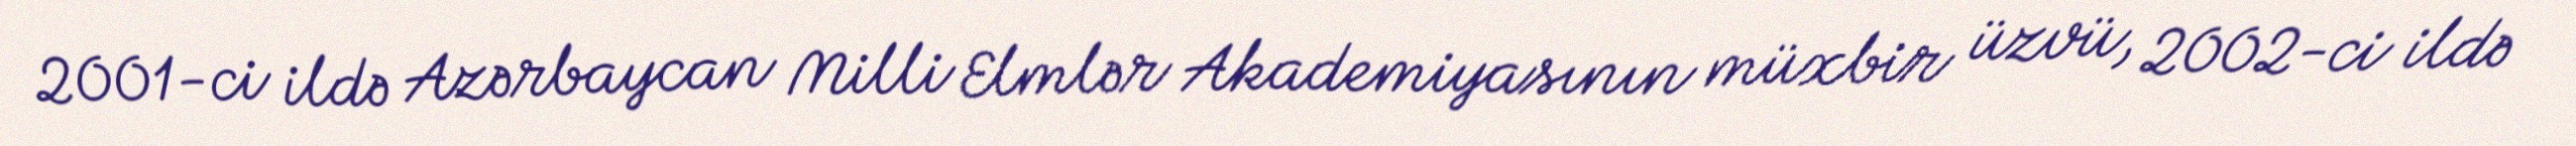
2001-ci ildə Azərbaycan Milli Elmlər Akademiyasının müxbir üzvü, 2002-ci ildə